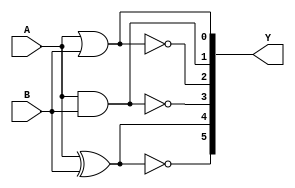
module no2(A, B, Y);
    input A, B;
    output reg [5:0]Y;

    always@(*)
    begin
        Y[0] = A|B;
        Y[1] = A&B;
        Y[2] = ~(A|B);
        Y[3] = ~(A&B);
        Y[4] = A^B;
        Y[5] = ~(A^B);
    end
endmodule